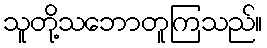
သူတို့သဘောတူကြသည်။